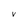
Character: V